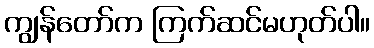
ကျွန်တော်က ကြက်ဆင်မဟုတ်ပါ။